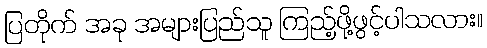
ပြတိုက် အခု အများပြည်သူ ကြည့်ဖို့ဖွင့်ပါသလား။